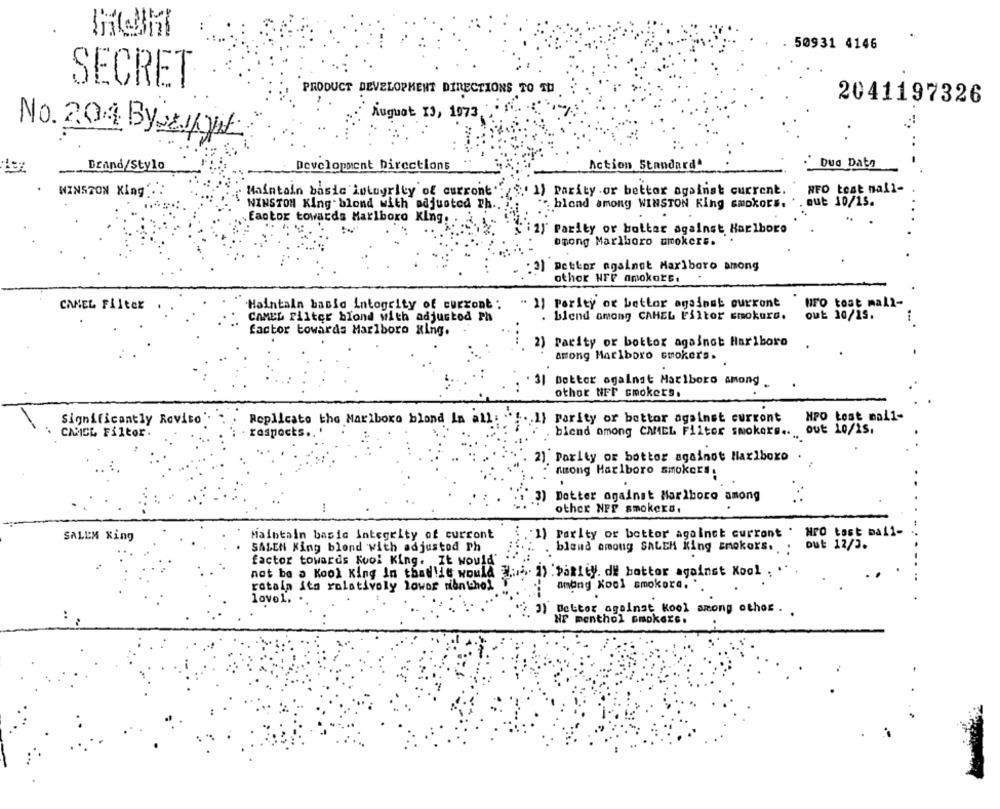
50931 4146
SECRET
PRODUCT DEVELOPMENT DIRECTIONS TO TU
2041197326
August 19, 1973
No. 204 Byweight:
..
Drand/Stylo
Development Directions
Action Standard"
Dug Daty
WINSTON Xing ..
Maintain basic integrity of current'
(S.' 1) Parity or bettor against current.
WFO teat mail-
WINSTON King blond with adjusted Ph .. "
" blond among WINSTON King smokors.
But 10/15.
.factor towards Marlboro King
2)' Parity or bottar against Harlbore
opong Marlboro umokers.
3) Better against Marlboro among
othor HFF amokors.
CANEL Filter
Maintain hasid integrity of current:
" 1] Pority or bettor against ourront
uro tost mall-
blend among CAHEL Filtor smokers.
out 10/15.
CAMEL Filter blond with adjusted Ph
factor towards Marlboro King.
2) Parity or bottor against Marlboro
among Marlboro smokers.
Dottor against Marlboro Among
othor tiFr cmokers.
Significantly Rovito
Replicate the Marlboro bland Lm all:
.1} Parity or bottor against current
MPO Lost mai1-
out 10/15.
CAMEL Filter.
respects ..
blend omong CAMEL Filter smokers ....
2) Parity or bottor againot Marlboro
among Marlboro smokers.
3) Dotter against Marlboro among
other NFP smokers.
. '1) Parity or bettor against current . Nro test mall-
SALEM King
Maintain basic integrity of curront
SALEN King blond with adjustod Ph
blend among SALEM King zmokors.
out 12/3.
factor towards Kool King. It would'
not be a Kool King In thatlie would H .... 2) . pakity. di botter against Xool ;
retain its relatively lower menthol
among Kool smokora,
love1.
3) Better against Kool among other ..
NF menthol smokers.